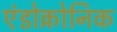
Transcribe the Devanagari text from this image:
एंडोक्रोनिक